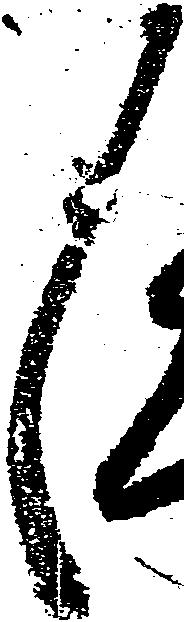
々